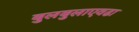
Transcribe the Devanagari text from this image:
बुलबुलाएवढा